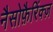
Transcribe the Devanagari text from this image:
नैसोफ़ैरिंक्ज़